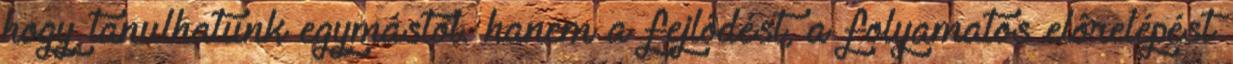
hogy tanulhatunk egymástól. hanem a fejlôdést, a folyamatos elôrelépést